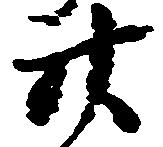
廿